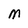
Character: M